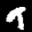
Label: 9